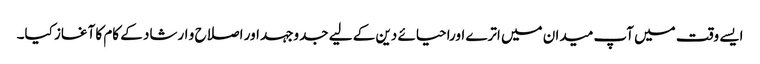
ایسے وقت میں آپ میدان میں اترے اوراحیائے دین کے لیے جدوجہد اور اصلاح و ارشاد کے کام کا آغاز کیا۔